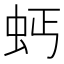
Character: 𧉝